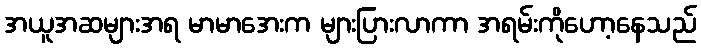
အယူအဆများအရ မာမာအေးက များပြားလာကာ အရမ်းကိုဟော့နေသည်